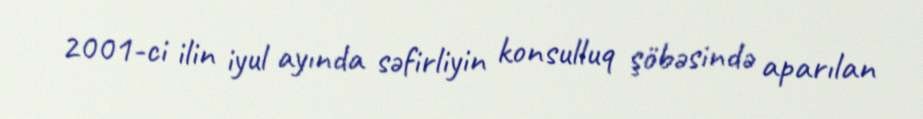
2001-ci ilin iyul ayında səfirliyin konsulluq şöbəsində aparılan